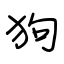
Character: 狗